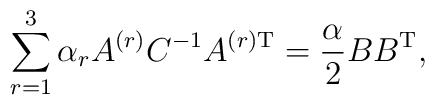
\sum_{r=1}^3 \alpha_r A^{(r)} C^{-1} A^{(r){\rm T}} = \frac{\alpha}{2} BB^{\rm T},